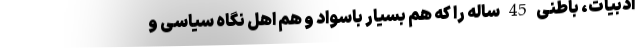
ادبیات، باطنی 45 ساله را که هم بسیار باسواد و هم اهل نگاه سیاسی و